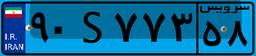
۹۰S۷۷۳۵۸